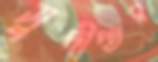
সুদীপ্তর